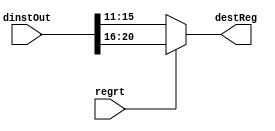
`timescale 1ns / 1ps
//////////////////////////////////////////////////////////////////////////////////
// Company: 
// Engineer: 
// 
// Design Name: 
// Module Name: regrtMux
// Project Name: 
// Target Devices: 
// Tool Versions: 
// Description: 
// 
// Dependencies: 
// 
// Revision:
// Revision 0.01 - File Created
// Additional Comments:
// 
//////////////////////////////////////////////////////////////////////////////////


module regrtMux(dinstOut, regrt, destReg);
    input wire [31:0] dinstOut;
    input wire regrt;
    output reg [4:0] destReg;
    
    reg [4:0] rt;
    reg [4:0] rd;
    
    always @(*) begin
    rt = dinstOut[20:16];
    rd = dinstOut[15:11];
        if (regrt == 0)
            destReg <= rd;
        else
            destReg <= rt;
    end
endmodule